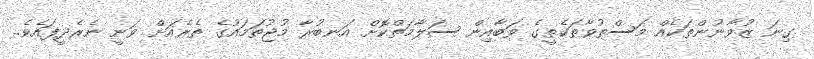
ގިނަ ޒުވާނުންތަކެއް މަސްތުވާތަކެތީގެ ވަބާއިން ސަލާމަތްކޮށް އަނބުރާ މުޖުތަމައުގެ ތެރެއަށް ވަނީ ނެރެދީފައެވެ.